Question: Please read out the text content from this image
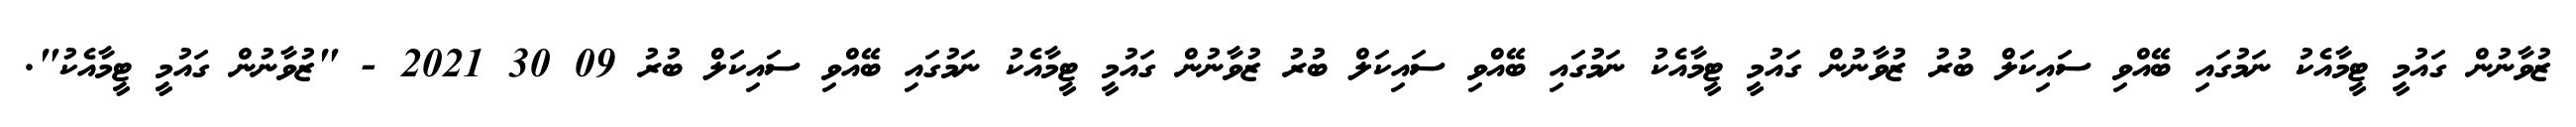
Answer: ޒުވާނުން ގައުމީ ޓީމާއެކު ނަމުގައި ބޭއްވި ސައިކަލް ބުރު ޒުވާނުން ގައުމީ ޓީމާއެކު ނަމުގައި ބޭއްވި ސައިކަލް ބުރު ޒުވާނުން ގައުމީ ޓީމާއެކު ނަމުގައި ބޭއްވި ސައިކަލް ބުރު 09 30 2021 - "ޒުވާނުން ގައުމީ ޓީމާއެކު".